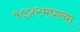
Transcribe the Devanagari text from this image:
१९४२मधल्या